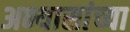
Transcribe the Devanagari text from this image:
अभ्यासांच्या